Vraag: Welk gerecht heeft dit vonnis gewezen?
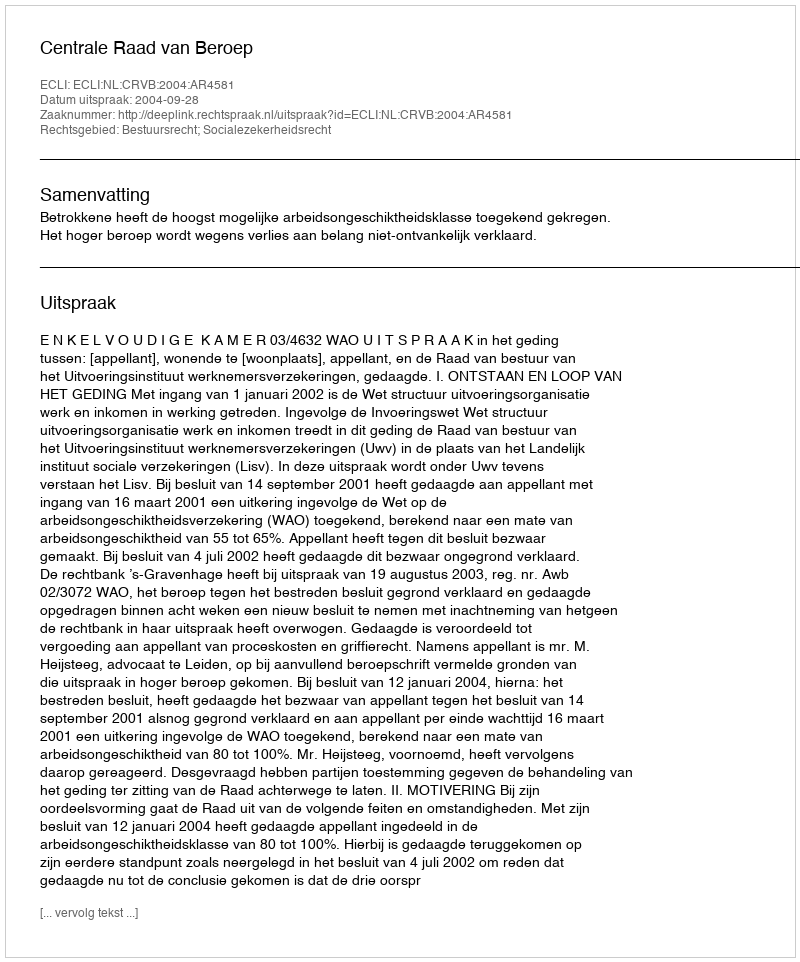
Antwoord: Centrale Raad van Beroep